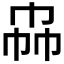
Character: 𰏗